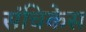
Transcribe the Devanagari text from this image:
संचिकेस